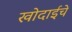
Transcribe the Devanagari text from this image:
खोदाईचे